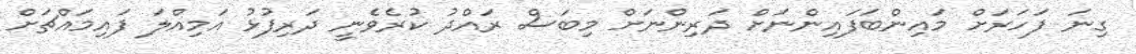
ގިނަ ފަހަރަށް މައިންބަފައިންނަށް ދަރިންނަށް މިބަސް ރައްދު ކުރެވެނީ ދަރިފުޅު އަމިއްލަ ފައިމައްޗަށް